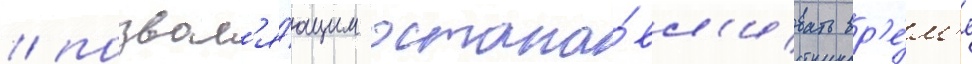
/ позвол'я́ющим остана́вл'ивать вр'е́м'я